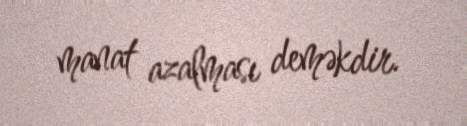
manat azalması deməkdir.